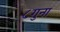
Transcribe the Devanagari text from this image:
८गुना